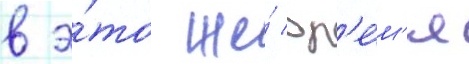
в э́то же́ вр'е́м'я